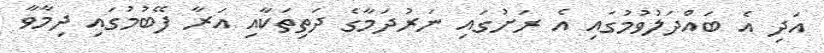
އަދި އެ ބައްދަލުވުމުގައި އެ ރަށުގައި ނަރުދަމާގެ ދަތިތަކާއި އަރާ ފޭބުމުގައި ދިމާވާ